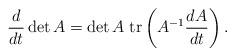
LaTeX: \begin{align*} \frac{d}{dt} \det A = \det A \; \mathrm{tr} \left(A^{-1} \frac{dA}{dt}\right).\end{align*}